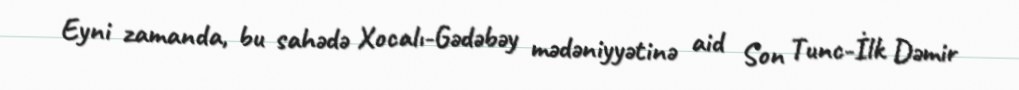
Eyni zamanda, bu sahədə Xocalı-Gədəbəy mədəniyyətinə aid Son Tunc-İlk Dəmir